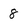
Character: 8